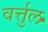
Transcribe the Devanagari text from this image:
वर्त्तुल